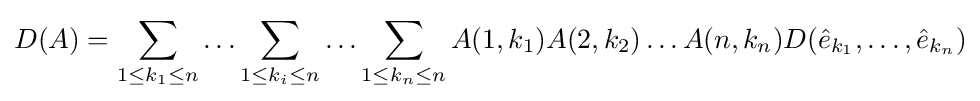
D(A)=\sum _{1\leq k_{1}\leq n}\ldots \sum _{1\leq k_{i}\leq n}\ldots \sum _{1\leq k_{n}\leq n}A(1,k_{1})A(2,k_{2})\dots A(n,k_{n})D({\hat {e}}_{k_{1}},\dots ,{\hat {e}}_{k_{n}})